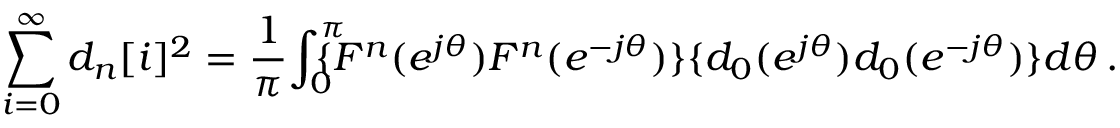
\sum _ { i = 0 } ^ { \infty } d _ { n } [ i ] ^ { 2 } = \frac { 1 } { \pi } \! \int _ { 0 } ^ { \pi } \! \! \! \! \! \{ F ^ { n } ( e ^ { j \theta } ) F ^ { n } ( e ^ { - j \theta } ) \} \{ d _ { 0 } ( e ^ { j \theta } ) d _ { 0 } ( e ^ { - j \theta } ) \} d \theta \, .